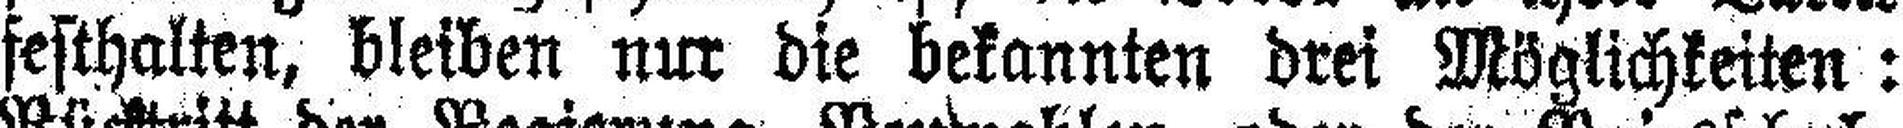
feschalten, bleiben nur die bekannten drei Möglichkeiten: